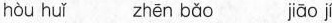
hòu huǐ zhēn bǎo jiāojí